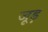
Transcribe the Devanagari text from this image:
जूड़